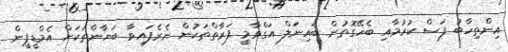
އިންތިހާބު ފަސް ކުރުމާއި ބެހޭގޮތުން ބައިނަލް އަގްވާމީ ފަރާތްތަކުން ނެރެފައިވާ ބަޔާންތަކަށް އެމްޑީޕީން